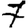
Digit: 7